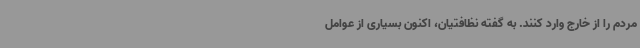
مردم را از خارج وارد کنند. به گفته نظافتیان، اکنون بسیاری از عوامل